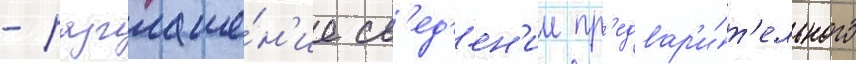
- разглаше́н'ие св'ед'ен'ии пр'едвар'и́т'ельного